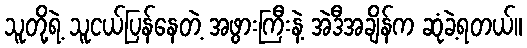
သူတို့ရဲ့ သူငယ်ပြန်နေတဲ့ အဖွားကြီးနဲ့ အဲဒီအချိန်က ဆုံခဲ့ရတယ်။